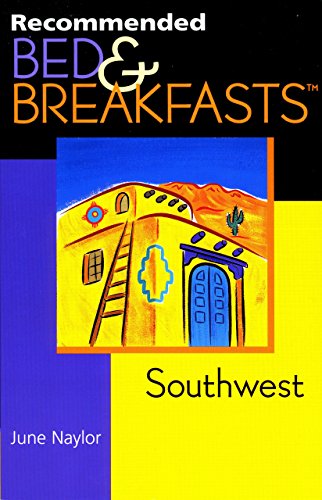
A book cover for Recommended Bed & Breakfasts Southwest (Recommended Bed & Breakfasts Series); June Naylor; Travel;